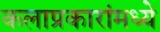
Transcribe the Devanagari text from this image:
कलाप्रकारांमध्ये